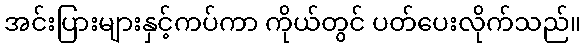
အင်းပြားများနှင့်ကပ်ကာ ကိုယ်တွင် ပတ်ပေးလိုက်သည်။